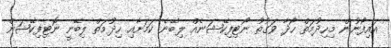
އައިފޯނުން މިހިދުމަތް ހޯދާ ވަގުތު ނޯޓިފިކޭޝަނެއް ލިބޭނެ ކަމަށާއި ހިދުމަތް ލިބޭނީ ނޮޓިފިކޭޝަން